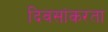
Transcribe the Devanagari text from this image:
दिवसांकरता